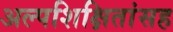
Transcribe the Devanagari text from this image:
अल्पशिक्षितांसह